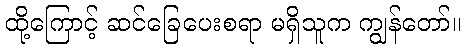
ထို့ကြောင့် ဆင်ခြေပေးစရာ မရှိသူက ကျွန်တော်။